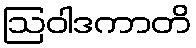
ဩဝါဒကာတိ